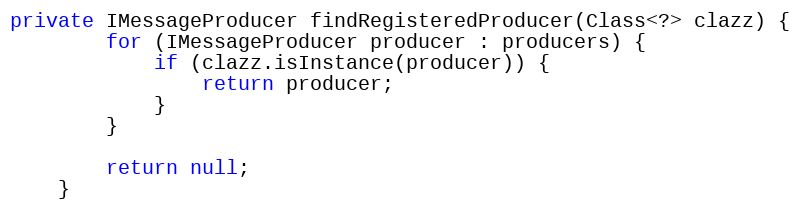
Language: Java
private IMessageProducer findRegisteredProducer(Class<?> clazz) {
        for (IMessageProducer producer : producers) {
            if (clazz.isInstance(producer)) {
                return producer;
            }
        }

        return null;
    }